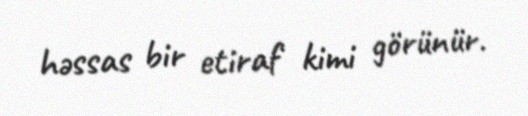
həssas bir etiraf kimi görünür.